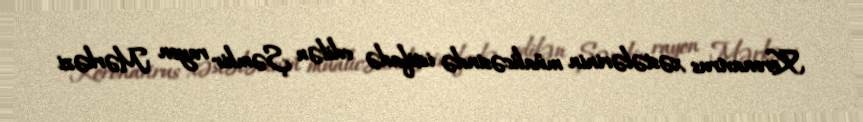
Koronavirus xəstələrinin müalicəsində istifadə edilən Şəmkir rayon Mərkəzi